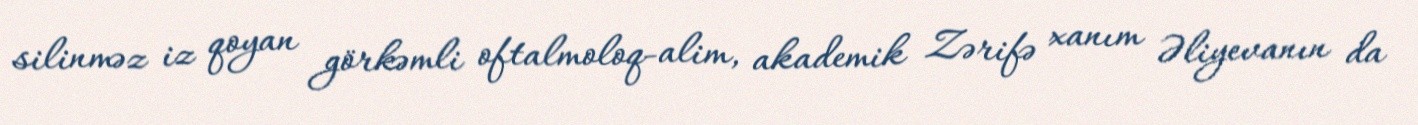
silinməz iz qoyan görkəmli oftalmoloq-alim, akademik Zərifə xanım Əliyevanın da